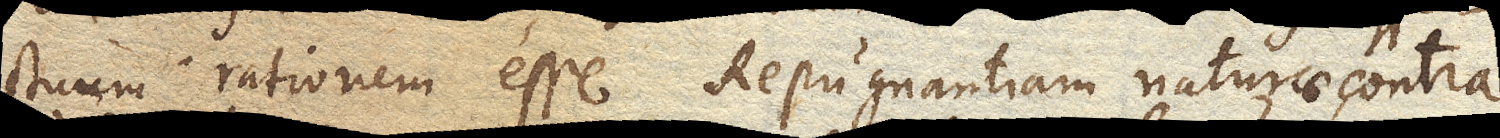
ctuum rationem esse Repugnantiam naturae contra